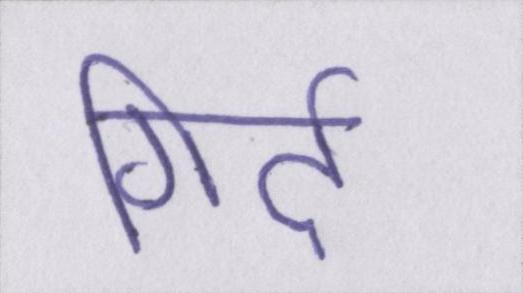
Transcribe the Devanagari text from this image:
गिर्द